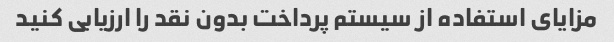
مزایای استفاده از سیستم پرداخت بدون نقد را ارزیابی کنید